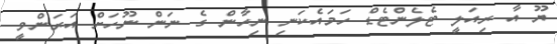
ޔޫ އާ ރިއަލީ ޓެލެންޓެޑް ހަމައެކަނި ނިހާން ގެ ނަން ނޫހަށް އަރަންވީ